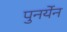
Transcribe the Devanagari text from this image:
पुनर्येन